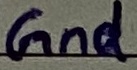
Text: Gnd